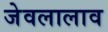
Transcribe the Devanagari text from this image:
जेवलालाव